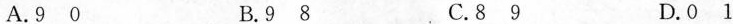
A.9 0 B. 9 8 C. 8 9 D. 0 1